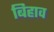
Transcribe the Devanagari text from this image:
बिहाव